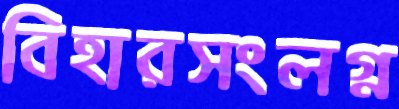
বিহারসংলগ্ন